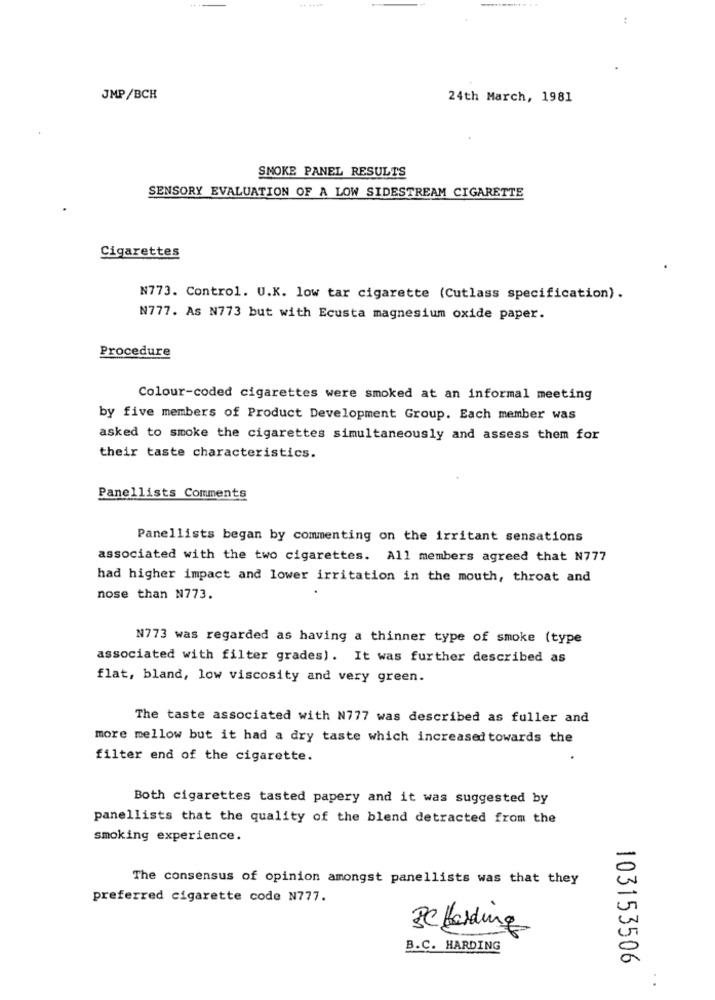
:
JMP/BCH
24th March, 1981
SMOKE PANEL RESULTS
SENSORY EVALUATION OF A LOW SIDESTREAM CIGARETTE
Cigarettes
N773. Control. U.K. low tar cigarette (Cutlass specification).
N777. As N773 but with Ecusta magnesium oxide paper.
Procedure
Colour-coded cigarettes were smoked at an informal meeting
by five members of Product Development Group. Each member was
asked to smoke the cigarettes simultaneously and assess them for
their taste characteristics.
Panellists Comments
Panellists began by commenting on the irritant sensations
associated with the two cigarettes. All members agreed that N777
had higher impact and lower irritation in the mouth, throat and
nose than N773.
N773 was regarded as having a thinner type of smoke (type
associated with filter grades). It was further described as
flat, bland, low viscosity and very green.
The taste associated with N777 was described as fuller and
more mellow but it had a dry taste which increased towards the
filter end of the cigarette.
Both cigarettes tasted papery and it was suggested by
panellists that the quality of the blend detracted from the
smoking experience.
The consensus of opinion amongst panellists was that they
preferred cigarette code N777.
3C Holding
B.C. HARDING
103153506